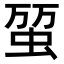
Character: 𧊪